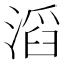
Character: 滔